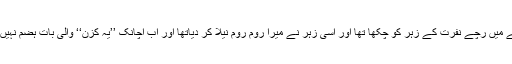
اس کے لہجے میں رچے نفرت کے زہر کو چکھا تھا اور اسی زہر نے میرا روم روم نیلا کر دیاتھا اور اب اچانک ’’یہ کزن‘‘ والی بات ہضم نہیں ہو رہی تھی۔